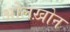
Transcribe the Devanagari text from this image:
ओलख़ोन